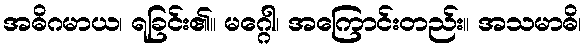
အဓိဂမာယ၊ ရခြင်း၏။ မဂ္ဂေါ၊ အကြောင်းတည်း။ အသမာဓိ၊